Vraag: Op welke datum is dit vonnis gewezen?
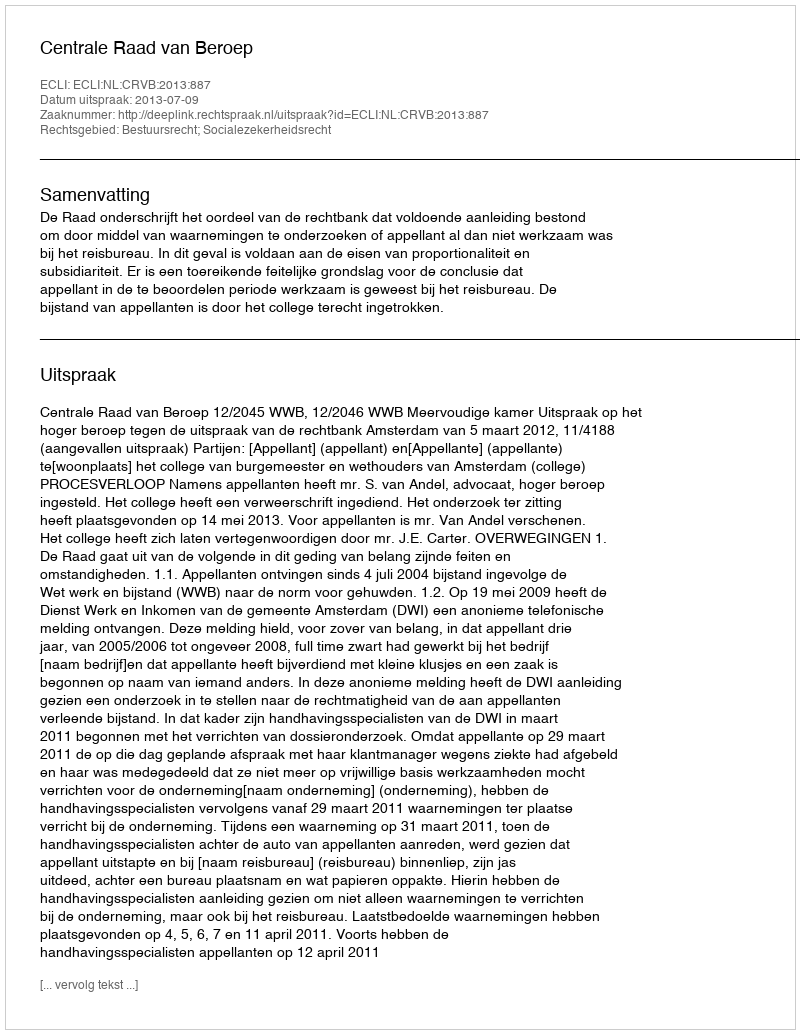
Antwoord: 2013-07-09